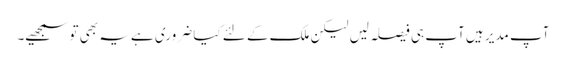
آپ مدیر ہیں آپ ہی فیصلہ لیں لیکن ملک کے لئے کیا ضروری ہے یہ بھی تو سمجھیے۔